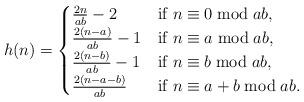
LaTeX: \begin{align*}h(n) =\begin{cases} \frac{2n}{ab}-2 &\mbox{if } n \equiv 0 \bmod{ab}, \\ \frac{2(n-a)}{ab}-1 &\mbox{if } n \equiv a \bmod{ab}, \\ \frac{2(n-b)}{ab}-1 &\mbox{if } n \equiv b \bmod{ab}, \\ \frac{2(n-a-b)}{ab} &\mbox{if } n \equiv a+b \bmod{ab}.\end{cases}\end{align*}